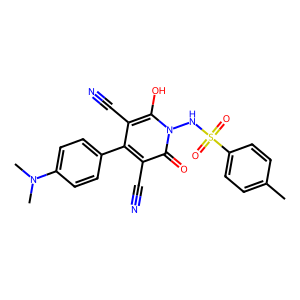
SMILES: Cc1ccc(S(=O)(=O)Nn2c(O)c(C#N)c(-c3ccc(N(C)C)cc3)c(C#N)c2=O)cc1
Inhibits HIV replication: No